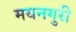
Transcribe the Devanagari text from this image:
मयनगुरी